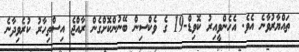
ތައްޔާރުވާނެ އެވެ. އެހެންވީއިރު ކޮވިޑް-19 ގެ ވެކްސިން ބޭނުންކޮށްގެން ރާއްޖެ އިސްތިހާރު ކުރެވިދާނެ